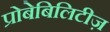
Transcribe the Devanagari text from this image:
प्रोबेबिलिटीज़